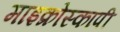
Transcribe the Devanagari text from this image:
माइक्रोस्कापी